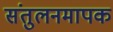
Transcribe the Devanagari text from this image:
संतुलनमापक